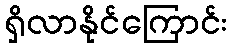
ရှိလာနိုင်ကြောင်း